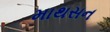
માથસન